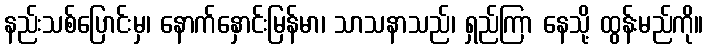
နည်းသစ်ပြောင်းမှ၊ နောက်နှောင်းမြန်မာ၊ သာသနာသည်၊ ရှည်ကြာ နေသို့ ထွန်းမည်ကို။